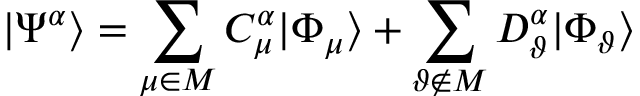
| \Psi ^ { \alpha } \rangle = \sum _ { \mu \in { \cal M } } C _ { \mu } ^ { \alpha } | \Phi _ { \mu } \rangle + \sum _ { \vartheta \notin { \cal M } } D _ { \vartheta } ^ { \alpha } | \Phi _ { \vartheta } \rangle